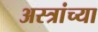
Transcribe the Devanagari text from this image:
अस्त्रांच्या